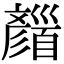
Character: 𩠪